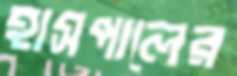
হাসপালের